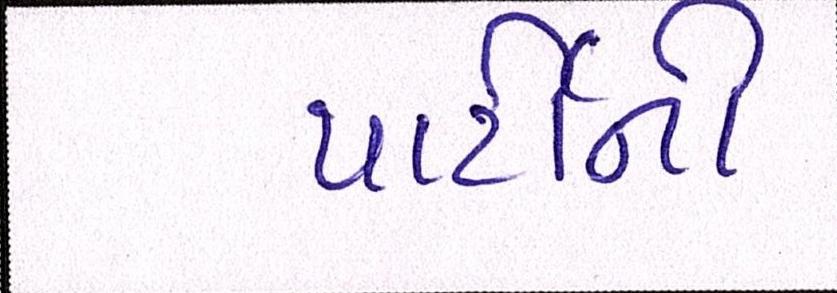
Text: પાર્ટીની